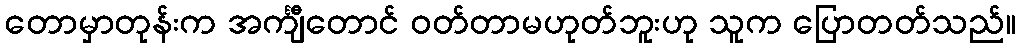
တောမှာတုန်းက အင်္ကျီတောင် ဝတ်တာမဟုတ်ဘူးဟု သူက ပြောတတ်သည်။